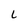
Character: L